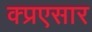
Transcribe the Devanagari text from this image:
क्प्रएसार